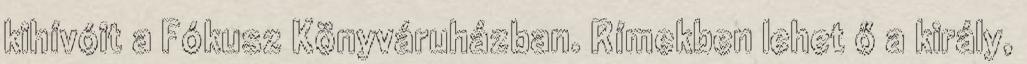
kihívóit a Fókusz Könyváruházban. Rímekben lehet ő a király,